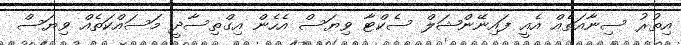
އިތުރު ސިނާއަތެއް އެއީ ފައިނޭންޝަލް ސެކްޓާ ވިޔަސް އެހެން އިގްތިސާދީ މަސައްކަތެއް ވިޔަސް